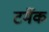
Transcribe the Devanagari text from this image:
टर्मेक